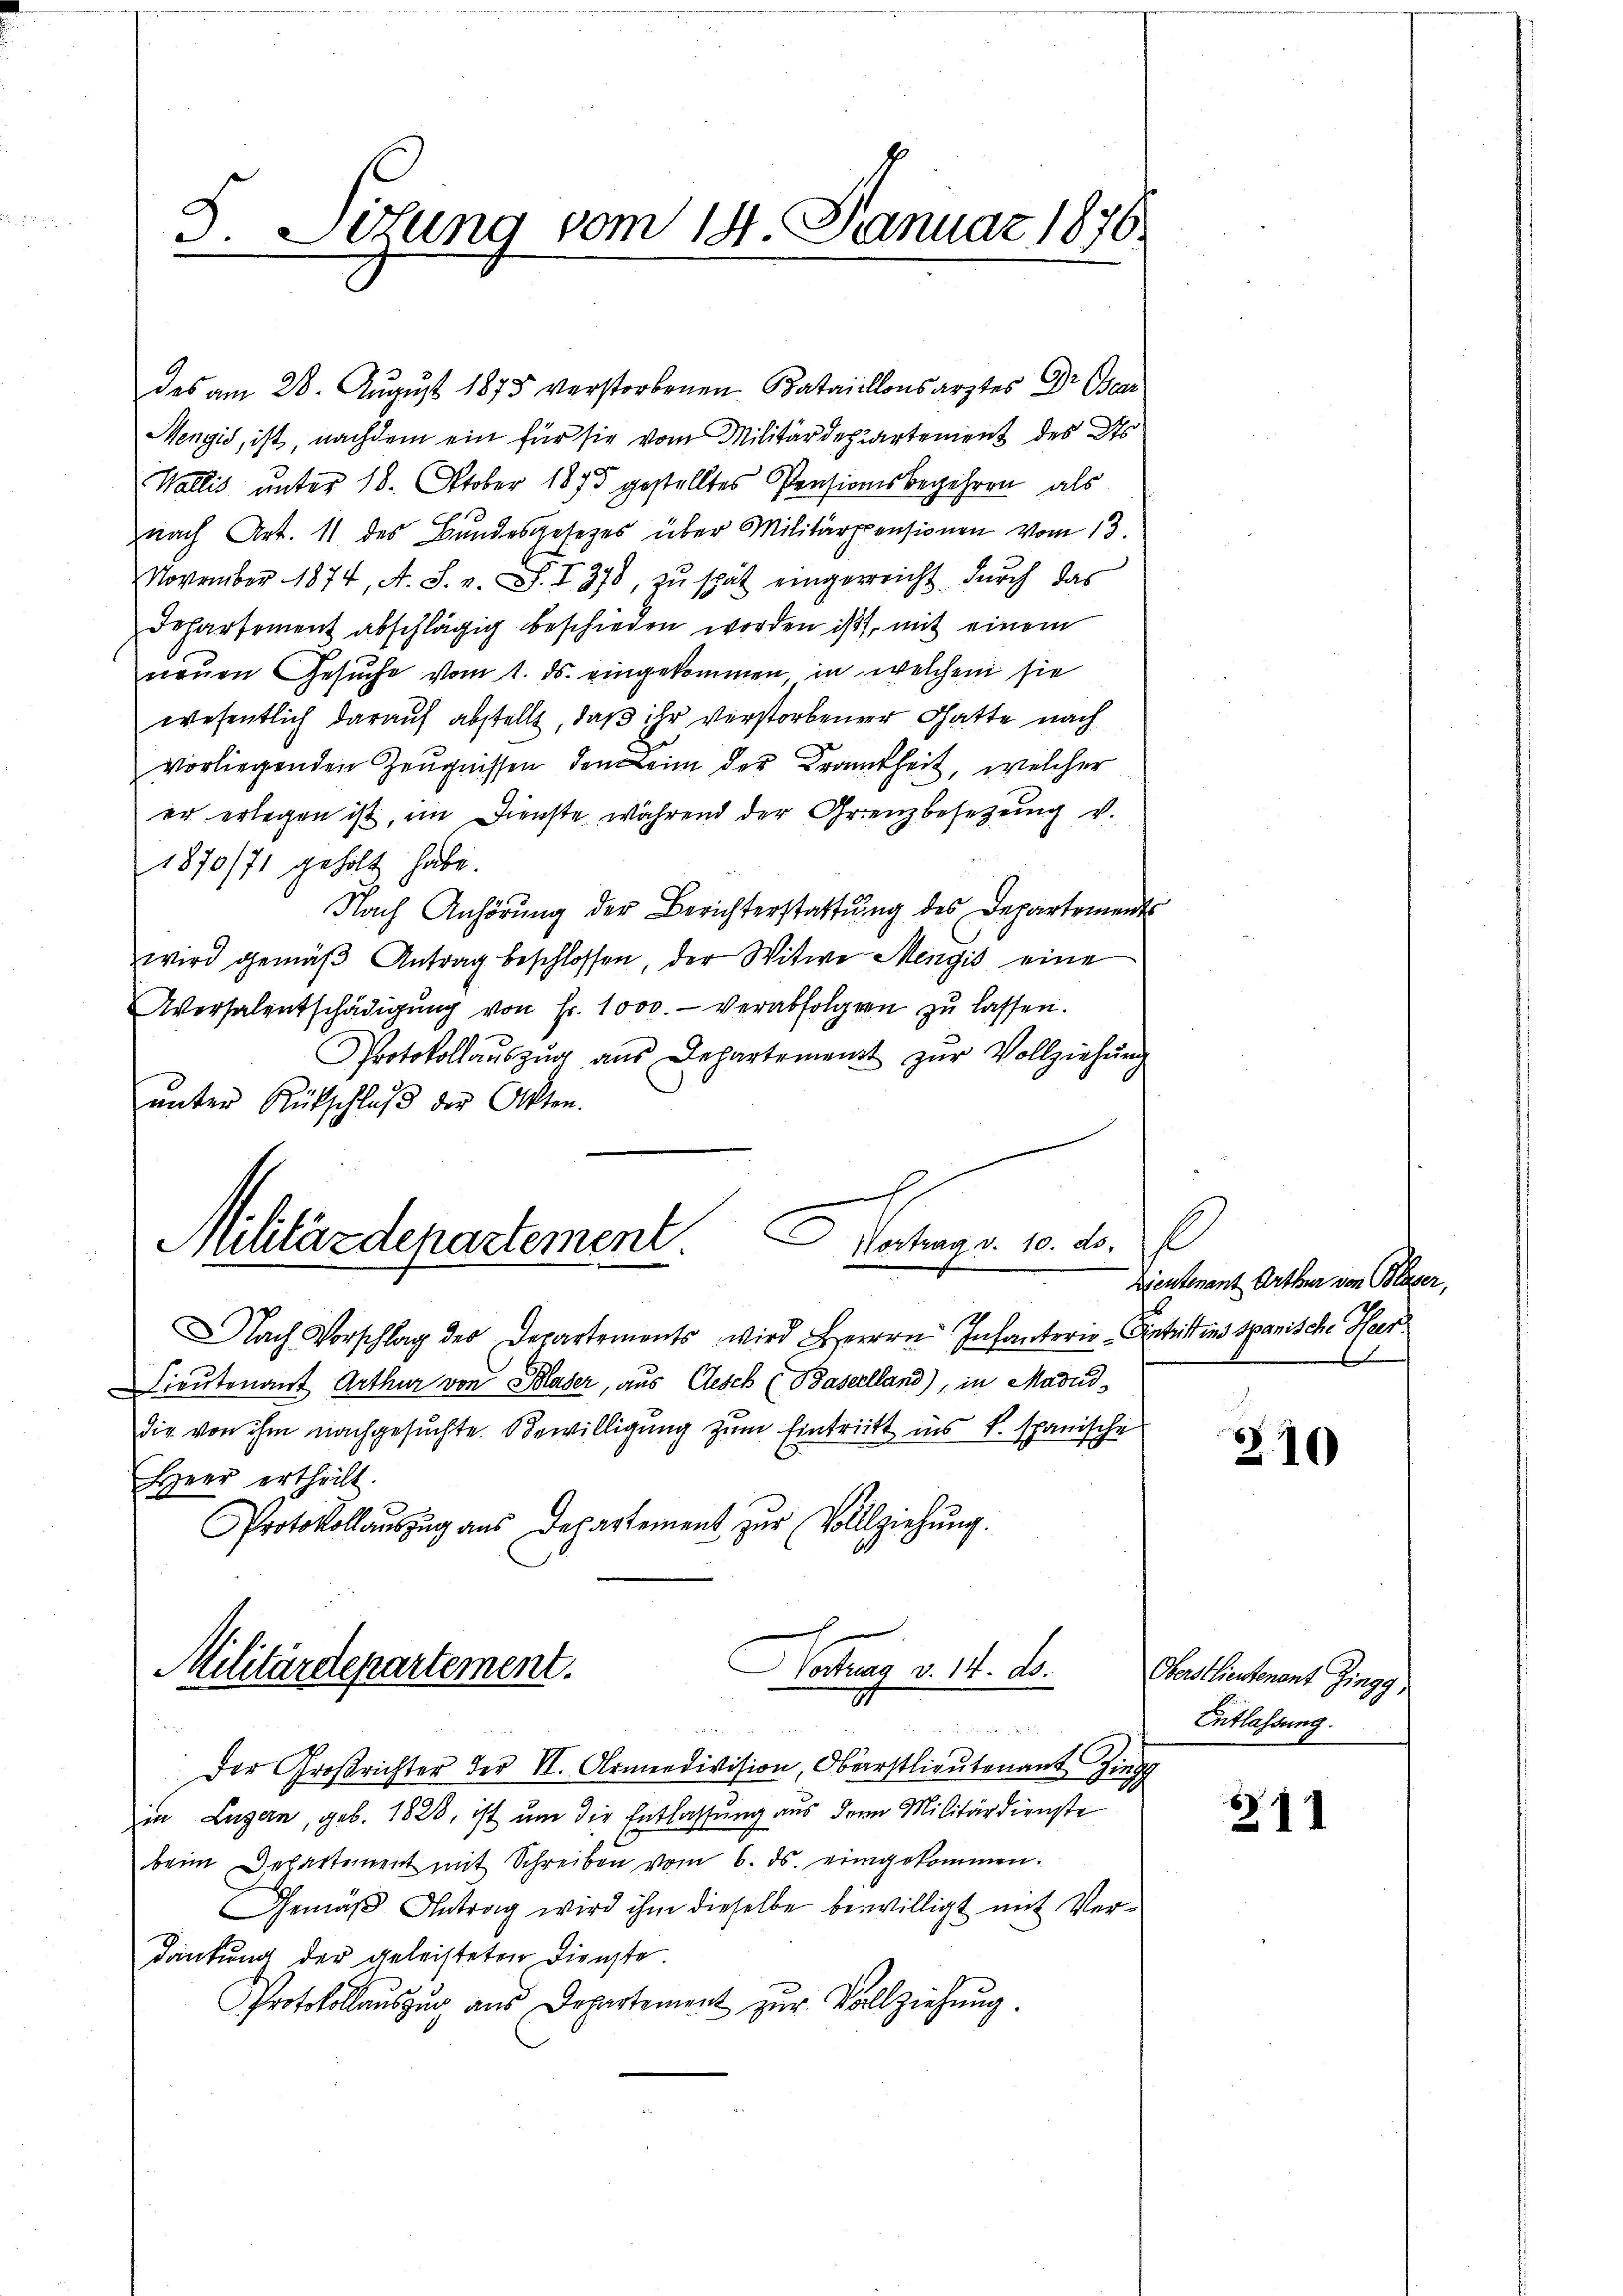
d. Lösung vom 14. Januar 1876.

des am 28. August 1875 verstorbenen Bataillonsarztes Dr Bear
Mengid, ist, nachdem ein für sie vom Militärdepartement des des
Wallis unter 18. Oktober 1875 gestelltes Pensionsbegehren als
nach Art. 11 des Bundesgesetzes über Militärspensionen vom 13.
November 1874, A. S. v. S. I 378, zŭ spät eingereicht durch das
Departement abschlägig beschieden worden ist, mit einem
neuen Gesuche vom 1. ds. eingekommen in welchem sie
wesentlich darauf abstellt, daß ihr verstorbener Gatte nach
vorliegenden Zeŭgnissen den Leim der Krankheit, welcher
er erlegen ist, im Dienste während der Grenzbesezung v.
1870/71 geholt habe.
Nach Anhörung der Berichterstattung des Departement
wird gemäβ Antrag beschlossen, der Witwe Mengić eine
Aversalentschädigŭng von Fr. 1000.- verabfolgern zŭ lassen.
Protokollaŭszŭg aŭs Departement zŭr Vollziehŭng
unter Rückschluß der Akten.

C
Vortrag v. 10. ds.
Militärdepartement.

Militärdepartement.
Vortrag v. 14. d.

Nach Vorschlag der Departements wird Herrn Infanterie-Eintritt ins Spanische Heer¬
Lieutenant Arthur von Blaser, aus Gesch (Baselland), in Madud,
die von ihm nachgesuchte Bewilligung zum Eintritt ins v. spanische
Heer ertheilt.
Protokollaŭszŭg aŭs Departement zŭr Vollziehŭng.
.

Der Großrichter der VI. Armendivision, Oberstlieutenant Zing
in Luzern, geb. 1828, ist um die Entlassung aus dem Militärdienste
beim Departement mit Schreiben vom 6. ds. eingekommen.
Gemäß Antrag wird ihm dieselbe bewilligt mit Ver¬
Dänkung der geleisteten Dienste.
Protokollauszug aus Departement zur Vollziehung

l
Lieutenant Arthur von Blaser,
x

210

Oberstlieutenant Zingg
Entlassung.

211